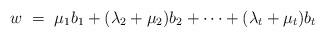
LaTeX: \begin{align*} w \ = \ \mu_1 b_1 + (\lambda_2 + \mu_2) b_2 + \cdots + (\lambda_t + \mu_t) b_t \end{align*}